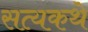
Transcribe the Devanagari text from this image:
सत्यकथे